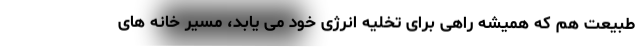
طبیعت هم که همیشه راهی برای تخلیه انرژی خود می یابد، مسیر خانه های